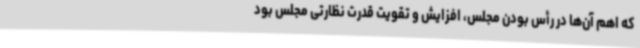
که اهم آن‌ها در رأس بودن مجلس، افزایش و تقویت قدرت نظارتی مجلس بود